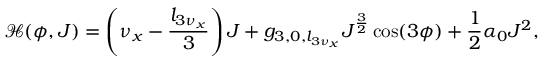
\mathcal { H } ( \phi , J ) = \left( \nu _ { x } - \frac { l _ { 3 { \nu } _ { x } } } { 3 } \right) J + g _ { 3 , 0 , l _ { 3 \nu _ { x } } } J ^ { \frac { 3 } { 2 } } \cos ( 3 \phi ) + \frac { 1 } { 2 } \alpha _ { 0 } J ^ { 2 } ,